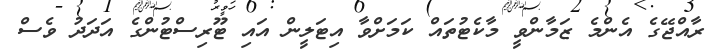
ރާއްޖޭގެ އެންމެ ޒަމާންވީ މާކެޓުތައް ކަމަށްވާ އިޓަލީން އައި ޓޫރިސްޓުންގެ އަދަދު ވެސް